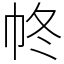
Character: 㠽